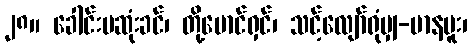
၂၈။ ခေါင်းမဆုံးခင်၊ တို့မောင်ရှင်၊ သင့်လျော်ရုံမျှ-မာနမူး၊